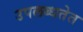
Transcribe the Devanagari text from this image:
उपलब्धतेत